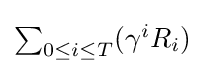
{\textstyle \sum _{0\leq i\leq T}(\gamma ^{i}R_{i})}